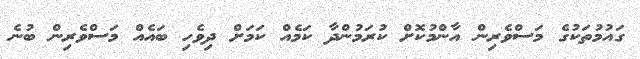
ގައުމުތަކުގެ މަސްވެރިން އާންމުކޮށް ކުރަމުންދާ ކަމެއް ކަމަށް ދިވެހި ބައެއް މަސްވެރިން ބުނެ